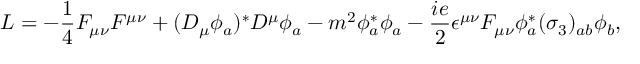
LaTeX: { \cal L } = - { \frac { 1 } { 4 } } F _ { \mu \nu } F ^ { \mu \nu } + ( D _ { \mu } \phi _ { a } ) ^ { * } D ^ { \mu } \phi _ { a } - m ^ { 2 } \phi _ { a } ^ { * } \phi _ { a } - { \frac { i e } { 2 } } \epsilon ^ { \mu \nu } F _ { \mu \nu } \phi _ { a } ^ { * } ( \sigma _ { 3 } ) _ { a b } \phi _ { b } ,